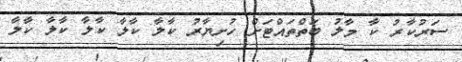
ސަރުކާރު ކާ މާލު ބަތްތައްޓަށް ހުށިޔާރު ކާލާ ކާލާ ކާލާ ކާލާ ކާލާ